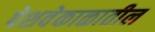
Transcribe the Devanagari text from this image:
पेशवेकाळातील